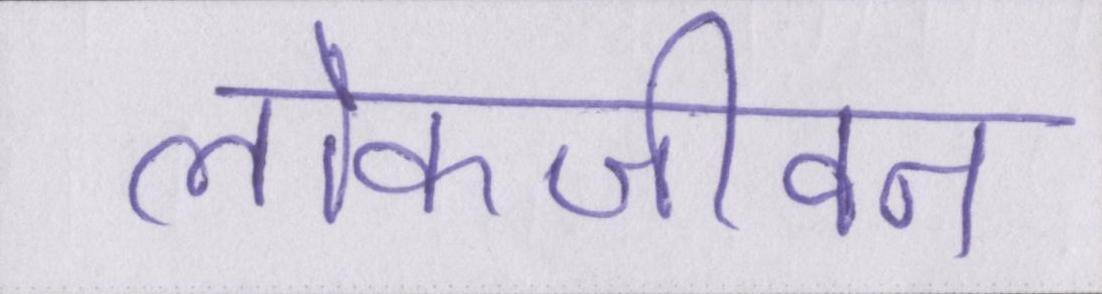
लोकजीवन